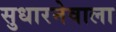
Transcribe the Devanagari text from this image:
सुधारनेवाला